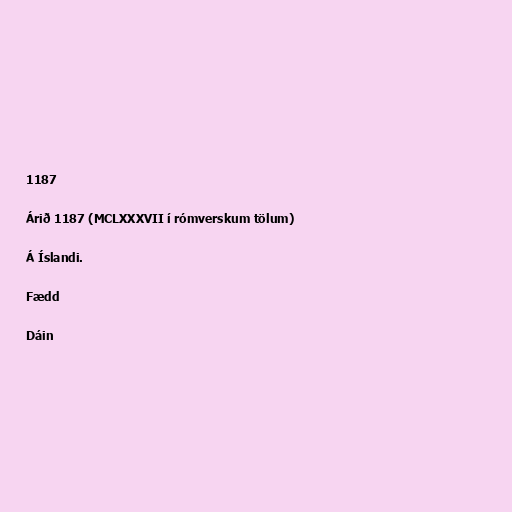
1187

Árið 1187 (MCLXXXVII í rómverskum tölum)

Á Íslandi.

Fædd

Dáin